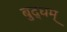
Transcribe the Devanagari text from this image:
बुद्धम्